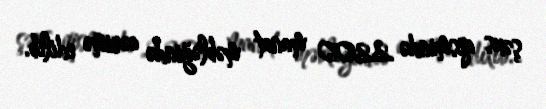
şəxs qismində 2200 manat məbləğində cərimə edilib.